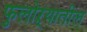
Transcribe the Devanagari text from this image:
फुलोऱ्यातील